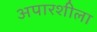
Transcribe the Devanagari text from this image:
अपारशीला